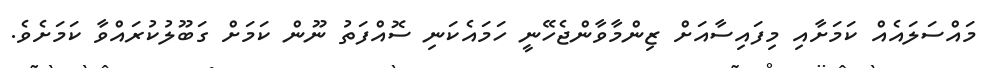
މައްސަލައެއް ކަމަށާއި މިފައިސާއަށް ޒިންމާވާންޖެހޭނީ ހަމައެކަނި ސޮއްފަތު ނޫން ކަމަށް ގަބޫލުކުރައްވާ ކަމަށެވެ.